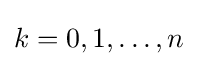
k=0,1,\dots ,n